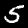
Label: 5